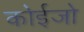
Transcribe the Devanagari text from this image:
कोईजो